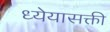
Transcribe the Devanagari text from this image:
ध्येयासक्ती